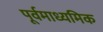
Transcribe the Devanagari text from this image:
पूर्वमाध्यमिक